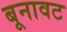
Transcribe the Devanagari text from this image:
बूनावट